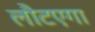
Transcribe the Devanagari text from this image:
लौटएगा